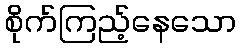
စိုက်ကြည့်နေသော